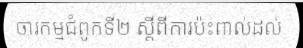
ចារកម្មជំពូកទី២ ស្តីពីការប៉ះពាល់ដល់